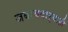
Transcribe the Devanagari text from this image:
जबाबदार्‍याही